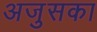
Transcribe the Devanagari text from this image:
अजुसका